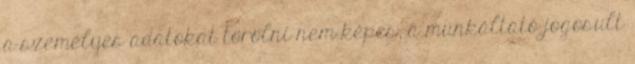
a személyes adatokat törölni nem képes, a munkáltató jogosult